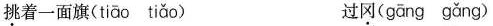
\underset{·}{挑}着一面旗(tiāo tiǎo) 过\underset{·}{冈}(gāng gǎng)